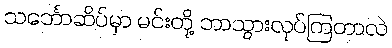
သင်္ဘောဆိပ်မှာ မင်းတို့ ဘာသွားလုပ်ကြတာလဲ